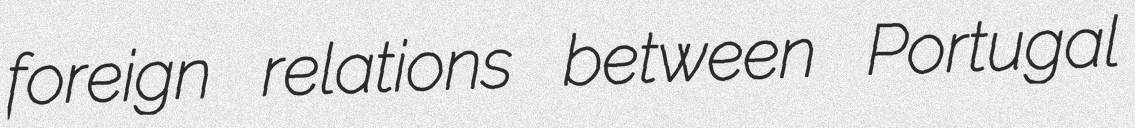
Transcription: foreign relations between Portugal